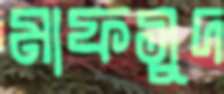
মাফসুদ